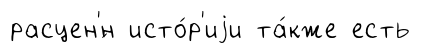
расцен'́н исто́р'иjи та́кже есть